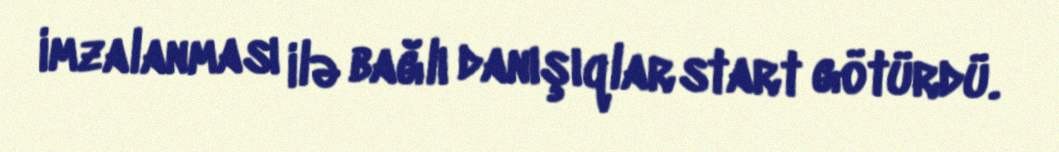
imzalanması ilə bağlı danışıqlar start götürdü.